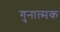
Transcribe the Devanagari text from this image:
गुनात्मक